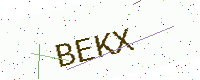
Text: BEKX